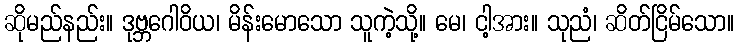
ဆိုမည်နည်း။ ဒုဗ္ဘဂေါဝိယ၊ မိန်းမောသော သူကဲ့သို့။ မေ၊ ငါ့အား။ သုညံ၊ ဆိတ်ငြိမ်သော။